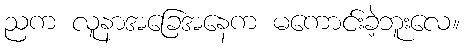
ညက လူနာအခြေအနေက မကောင်းခဲ့ဘူးလေ။